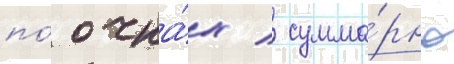
по́ очка́х / сумма́рно